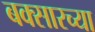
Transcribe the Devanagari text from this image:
बक्सारच्या